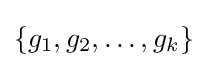
\{g_{1},g_{2},\ldots ,g_{k}\}